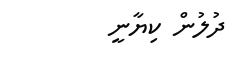
ދުލުން ކިޔާނީ